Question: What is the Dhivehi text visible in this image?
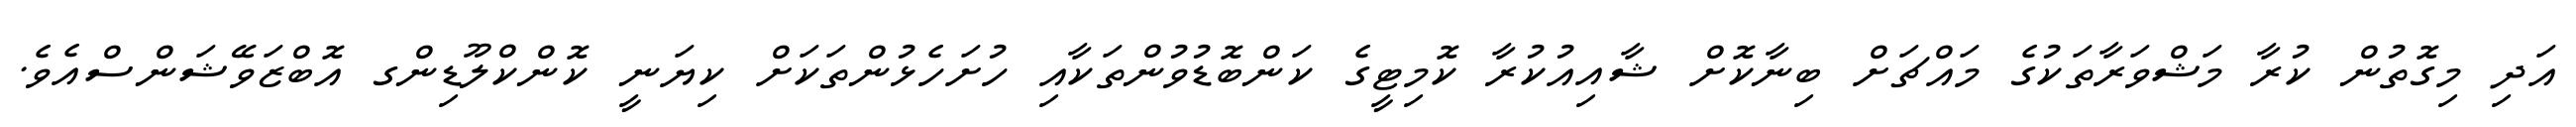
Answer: އަދި މިގޮތުން ކުރާ މަޝްވަރާތަކުގެ މައްޗަށް ބިނާކޮށް ޝާއިއުކުރާ ކޮމިޓީގެ ކަންބޮޑުވުންތަކާއި ހުށަހެޅުންތަކަށް ކިޔަނީ ކޮންކްލޫޑިންގ އޮބްޒަވޭޝަންސްއެވެ.